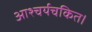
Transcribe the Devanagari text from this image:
आश्चर्यचकित।